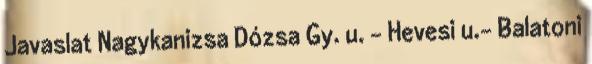
Javaslat Nagykanizsa Dózsa Gy. u. – Hevesi u.- Balatoni